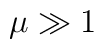
\mu \gg 1\protect \protect \protect \protect